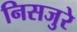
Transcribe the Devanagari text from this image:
निसजुरे